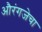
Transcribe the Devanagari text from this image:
औरंगजेचा